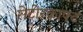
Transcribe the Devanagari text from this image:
रोटोरक्राफ्ट